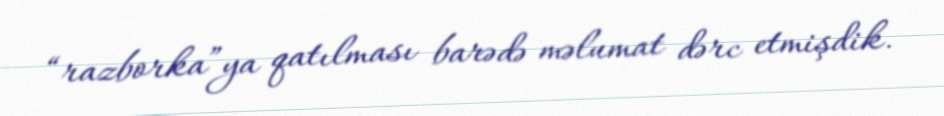
“razborka”ya qatılması barədə məlumat dərc etmişdik.